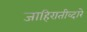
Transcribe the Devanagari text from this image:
जाहिरातीव्दारे